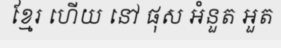
ខ្មែរ ហើយ នៅ ផុស អំនួត អួត